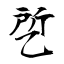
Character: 乺